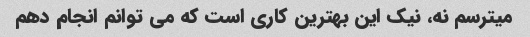
میترسم نه، نیک این بهترین کاری است که می توانم انجام دهم